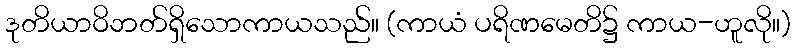
ဒုတိယာဝိဘတ်ရှိသောကာယသည်။ (ကာယံ ပရိဏမေတိ၌ ကာယ-ဟူလို။)